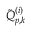
\tilde { Q } _ { p , k } ^ { ( i ) }